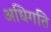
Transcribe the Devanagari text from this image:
अधिगति